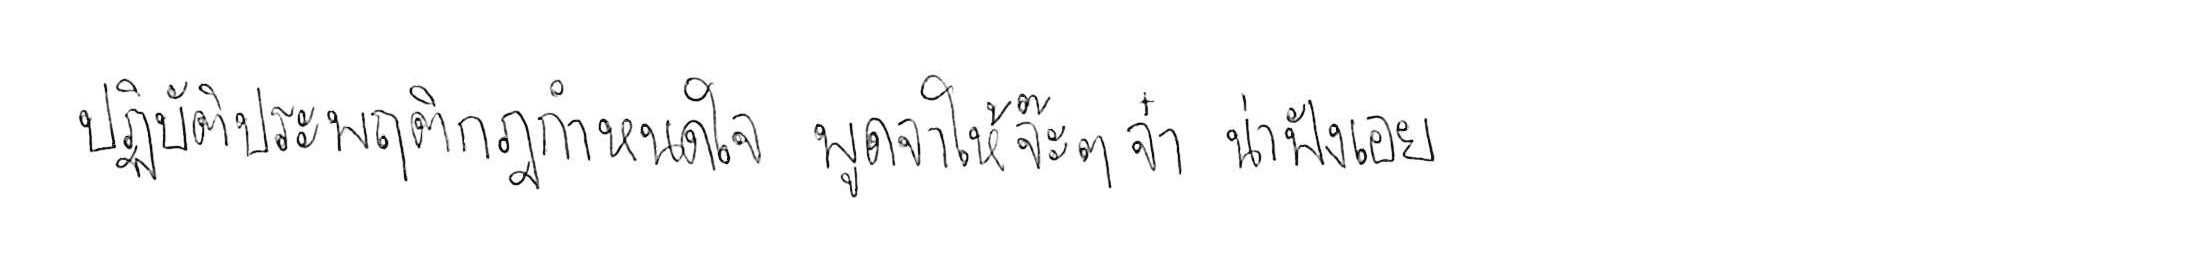
ปฏิบัติประพฤติกฎกำหนดใจ พูดจาให้จ๊ะๆ จ๋า น่าฟังเอยฯ